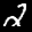
Label: 2